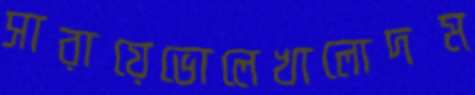
সারায়েভোলেখালোদম্